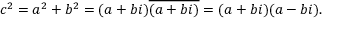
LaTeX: c ^ { 2 } = a ^ { 2 } + b ^ { 2 } = ( a + b i ) { \overline { { ( a + b i ) } } } = ( a + b i ) ( a - b i ) .